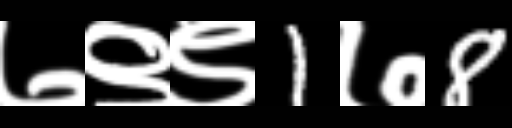
Text: ७९९1७8